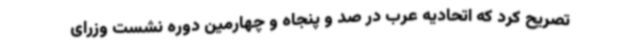
تصریح کرد که اتحادیه عرب در صد و پنجاه‌ و چهارمین دوره نشست وزرای